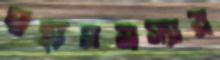
স্বাস্থ্যসমস্যায়